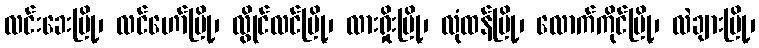
လင်းခေးမြို့၊ လင်ဟော်မြို့၊ လွိုင်လင်မြို့၊ လားရှိုးမြို့၊ လုံထန်မြို့၊ လောက်ကိုင်မြို့၊ လဲချားမြို့၊